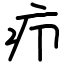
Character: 疖